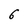
Character: 6